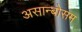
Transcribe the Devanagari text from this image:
असान्बोसम